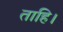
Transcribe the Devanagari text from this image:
ताहि।